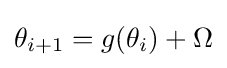
\theta _{i+1}=g(\theta _{i})+\Omega